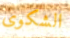
الشكوى